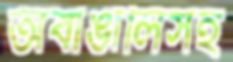
অবাঙালিসহ